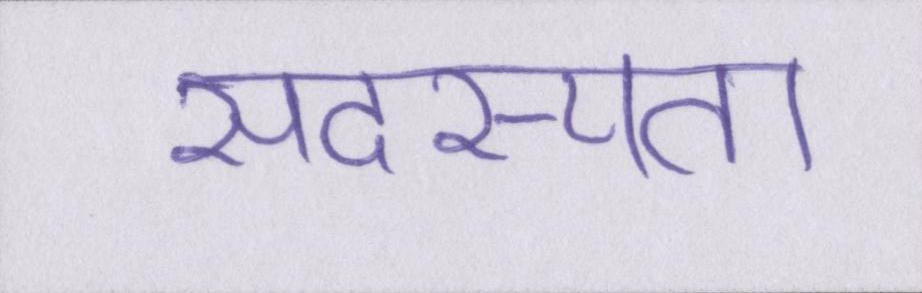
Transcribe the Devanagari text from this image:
सदस्यता